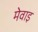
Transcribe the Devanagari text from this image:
मेवाइ